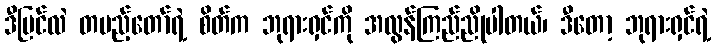
ဒီပြင်လဲ တပည့်တော်ရဲ့ စိတ်က ဘုရားရှင်ကို အလွန်ကြည်ညိုပါတယ်၊ ဒီတော့ ဘုရားရှင်ရဲ့